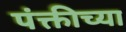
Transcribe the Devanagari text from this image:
पंक्तीच्या